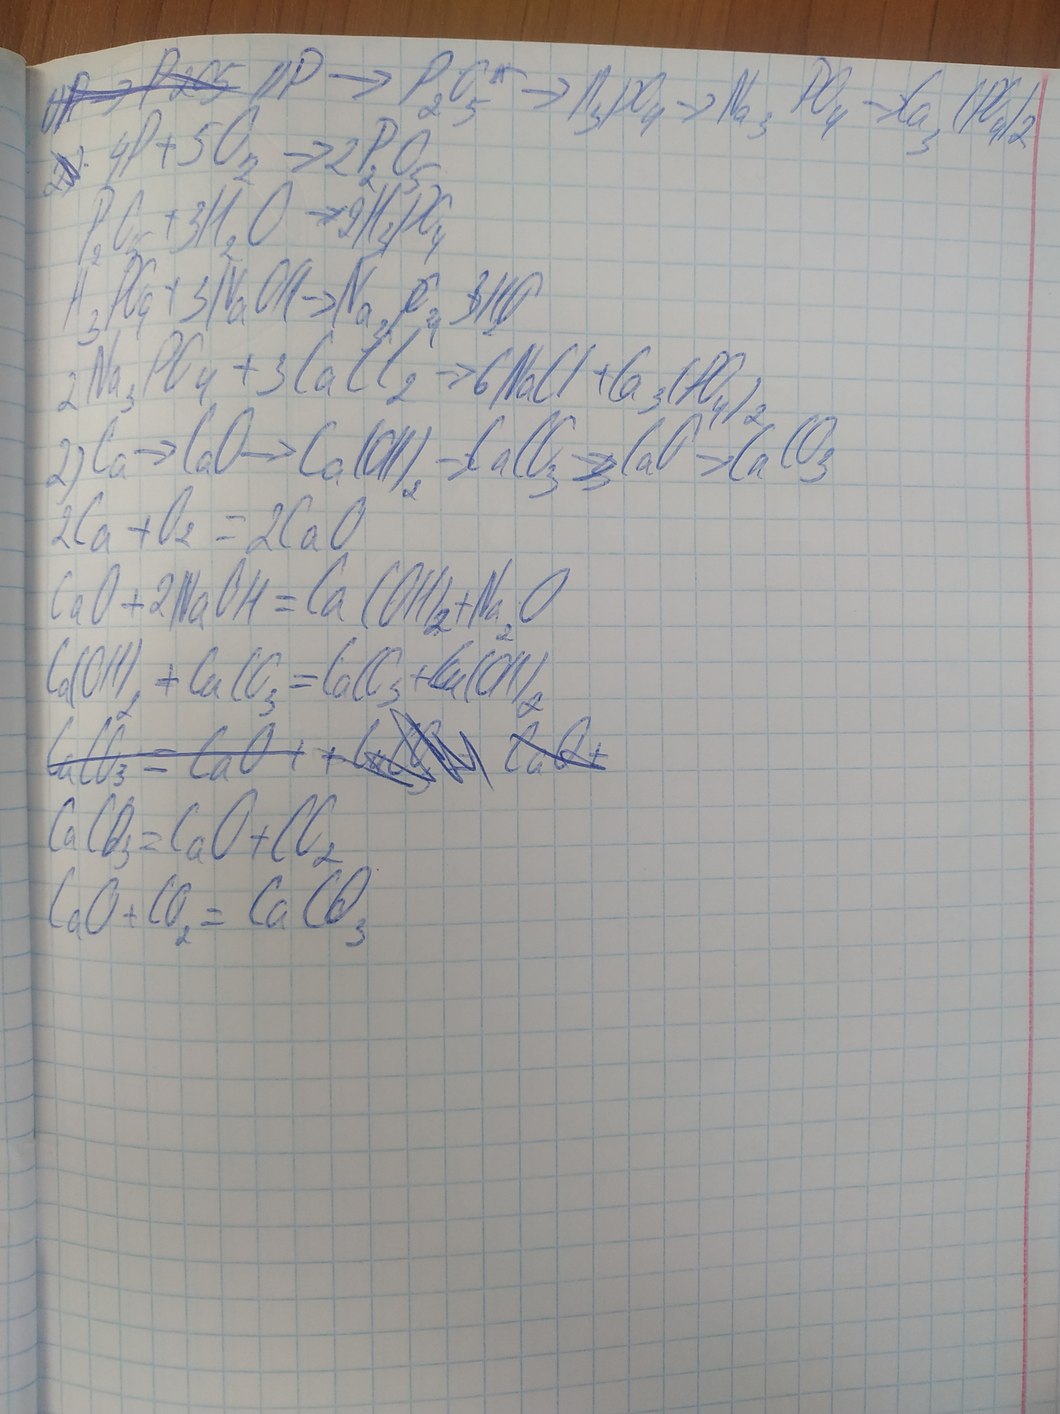
~~1 ) P → P_2O_5~~ 1) P → P_2O_5 → H_3PO_4 → Na_3 PO_4 → Ca_3 ( PO_4 ) _2
~~2 )~~ 4P + 5O_2 → 2P_2O_5
P_2O_5 + 3H_2O → 2H_3PO_4
H_3PO_4 + 3NaOH -> Na_3PO_4 + 3H_2O
2Na_3PO_4 + 3CaCl_2 → 6NaCl + Ca_3 ( PO_4 ) _2
2 ) Ca → CaO → Ca ( OH ) _2 → CaCO_3 → CaO → CaCO_3
2Ca + O_2 = 2CaO
CaO + 2NaOH = Ca ( OH ) _2 + Na_2O
~~CaCO_3 = CaO + + CuCO_3 = CaO + ~~
CaCO_3 = CaO + CO_2
CaO + CO_2 = CaCO_3